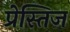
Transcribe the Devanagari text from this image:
प्रेस्तिज